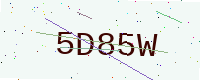
Text: 5D85W